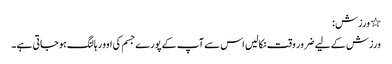
٭ ورزش :
ورزش کے لیے ضرور وقت نکالیں اس سے آپ کے پورے جسم کی اوور ہالنگ ہوجاتی ہے ۔